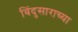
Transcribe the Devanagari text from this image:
बिंदुसाराच्या